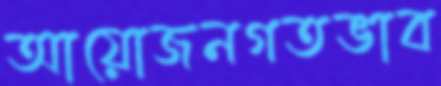
আয়োজনগতভাব